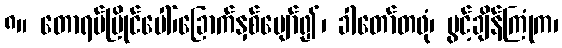
၈။ တောရပ်မြိုင်ပေါ်၊ခြောက်နှစ်ပျော်၍၊ ခါတော်တဖုံ၊ ပွင့်ချိန်ကြုံက၊